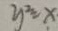
y ^ { 2 } = x